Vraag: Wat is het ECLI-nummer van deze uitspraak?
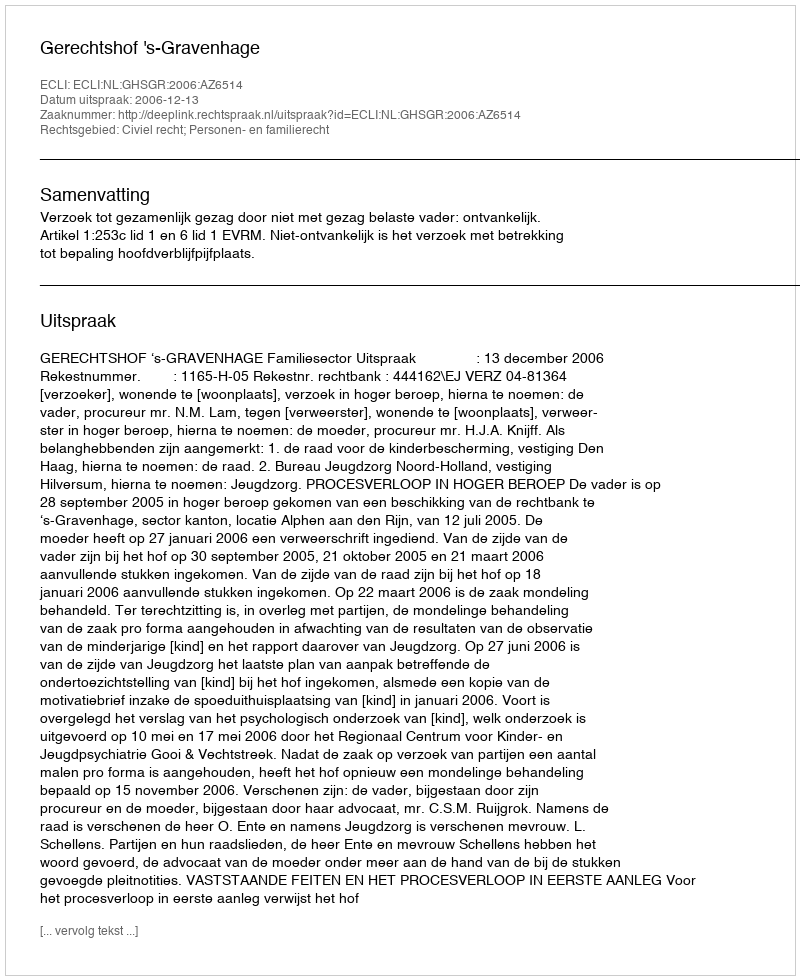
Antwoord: ECLI:NL:GHSGR:2006:AZ6514